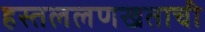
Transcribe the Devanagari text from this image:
हस्तललणखताची